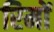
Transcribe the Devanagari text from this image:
रिमों